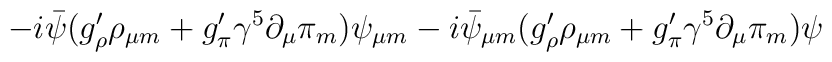
-i \bar \psi ( g_{\rho}'\rho_{\mu m} +g_{\pi}'{\gamma^5} \partial_\mu \pi_{ m})  \psi_{\mu m}-i \bar \psi_{\mu m}( g_{\rho}'\rho_{\mu m}+g_{\pi}'{\gamma^5} \partial_\mu \pi_{ m})  \psi